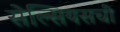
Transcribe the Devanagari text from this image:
सेल्सियसची